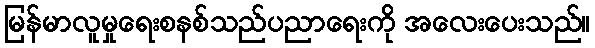
မြန်မာလူမှုရေးစနစ်သည်ပညာရေးကို အလေးပေးသည်။